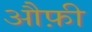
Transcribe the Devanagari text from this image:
औफ़ी